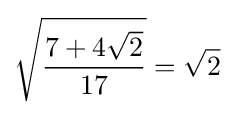
{\sqrt {\frac {7+4{\sqrt {2}}}{17}}}={\sqrt {2}}